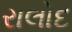
રાલોદ